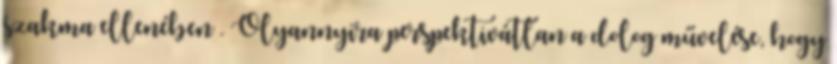
szakma ellenében . Olyannyira perspektivátlan a dolog művelése, hogy